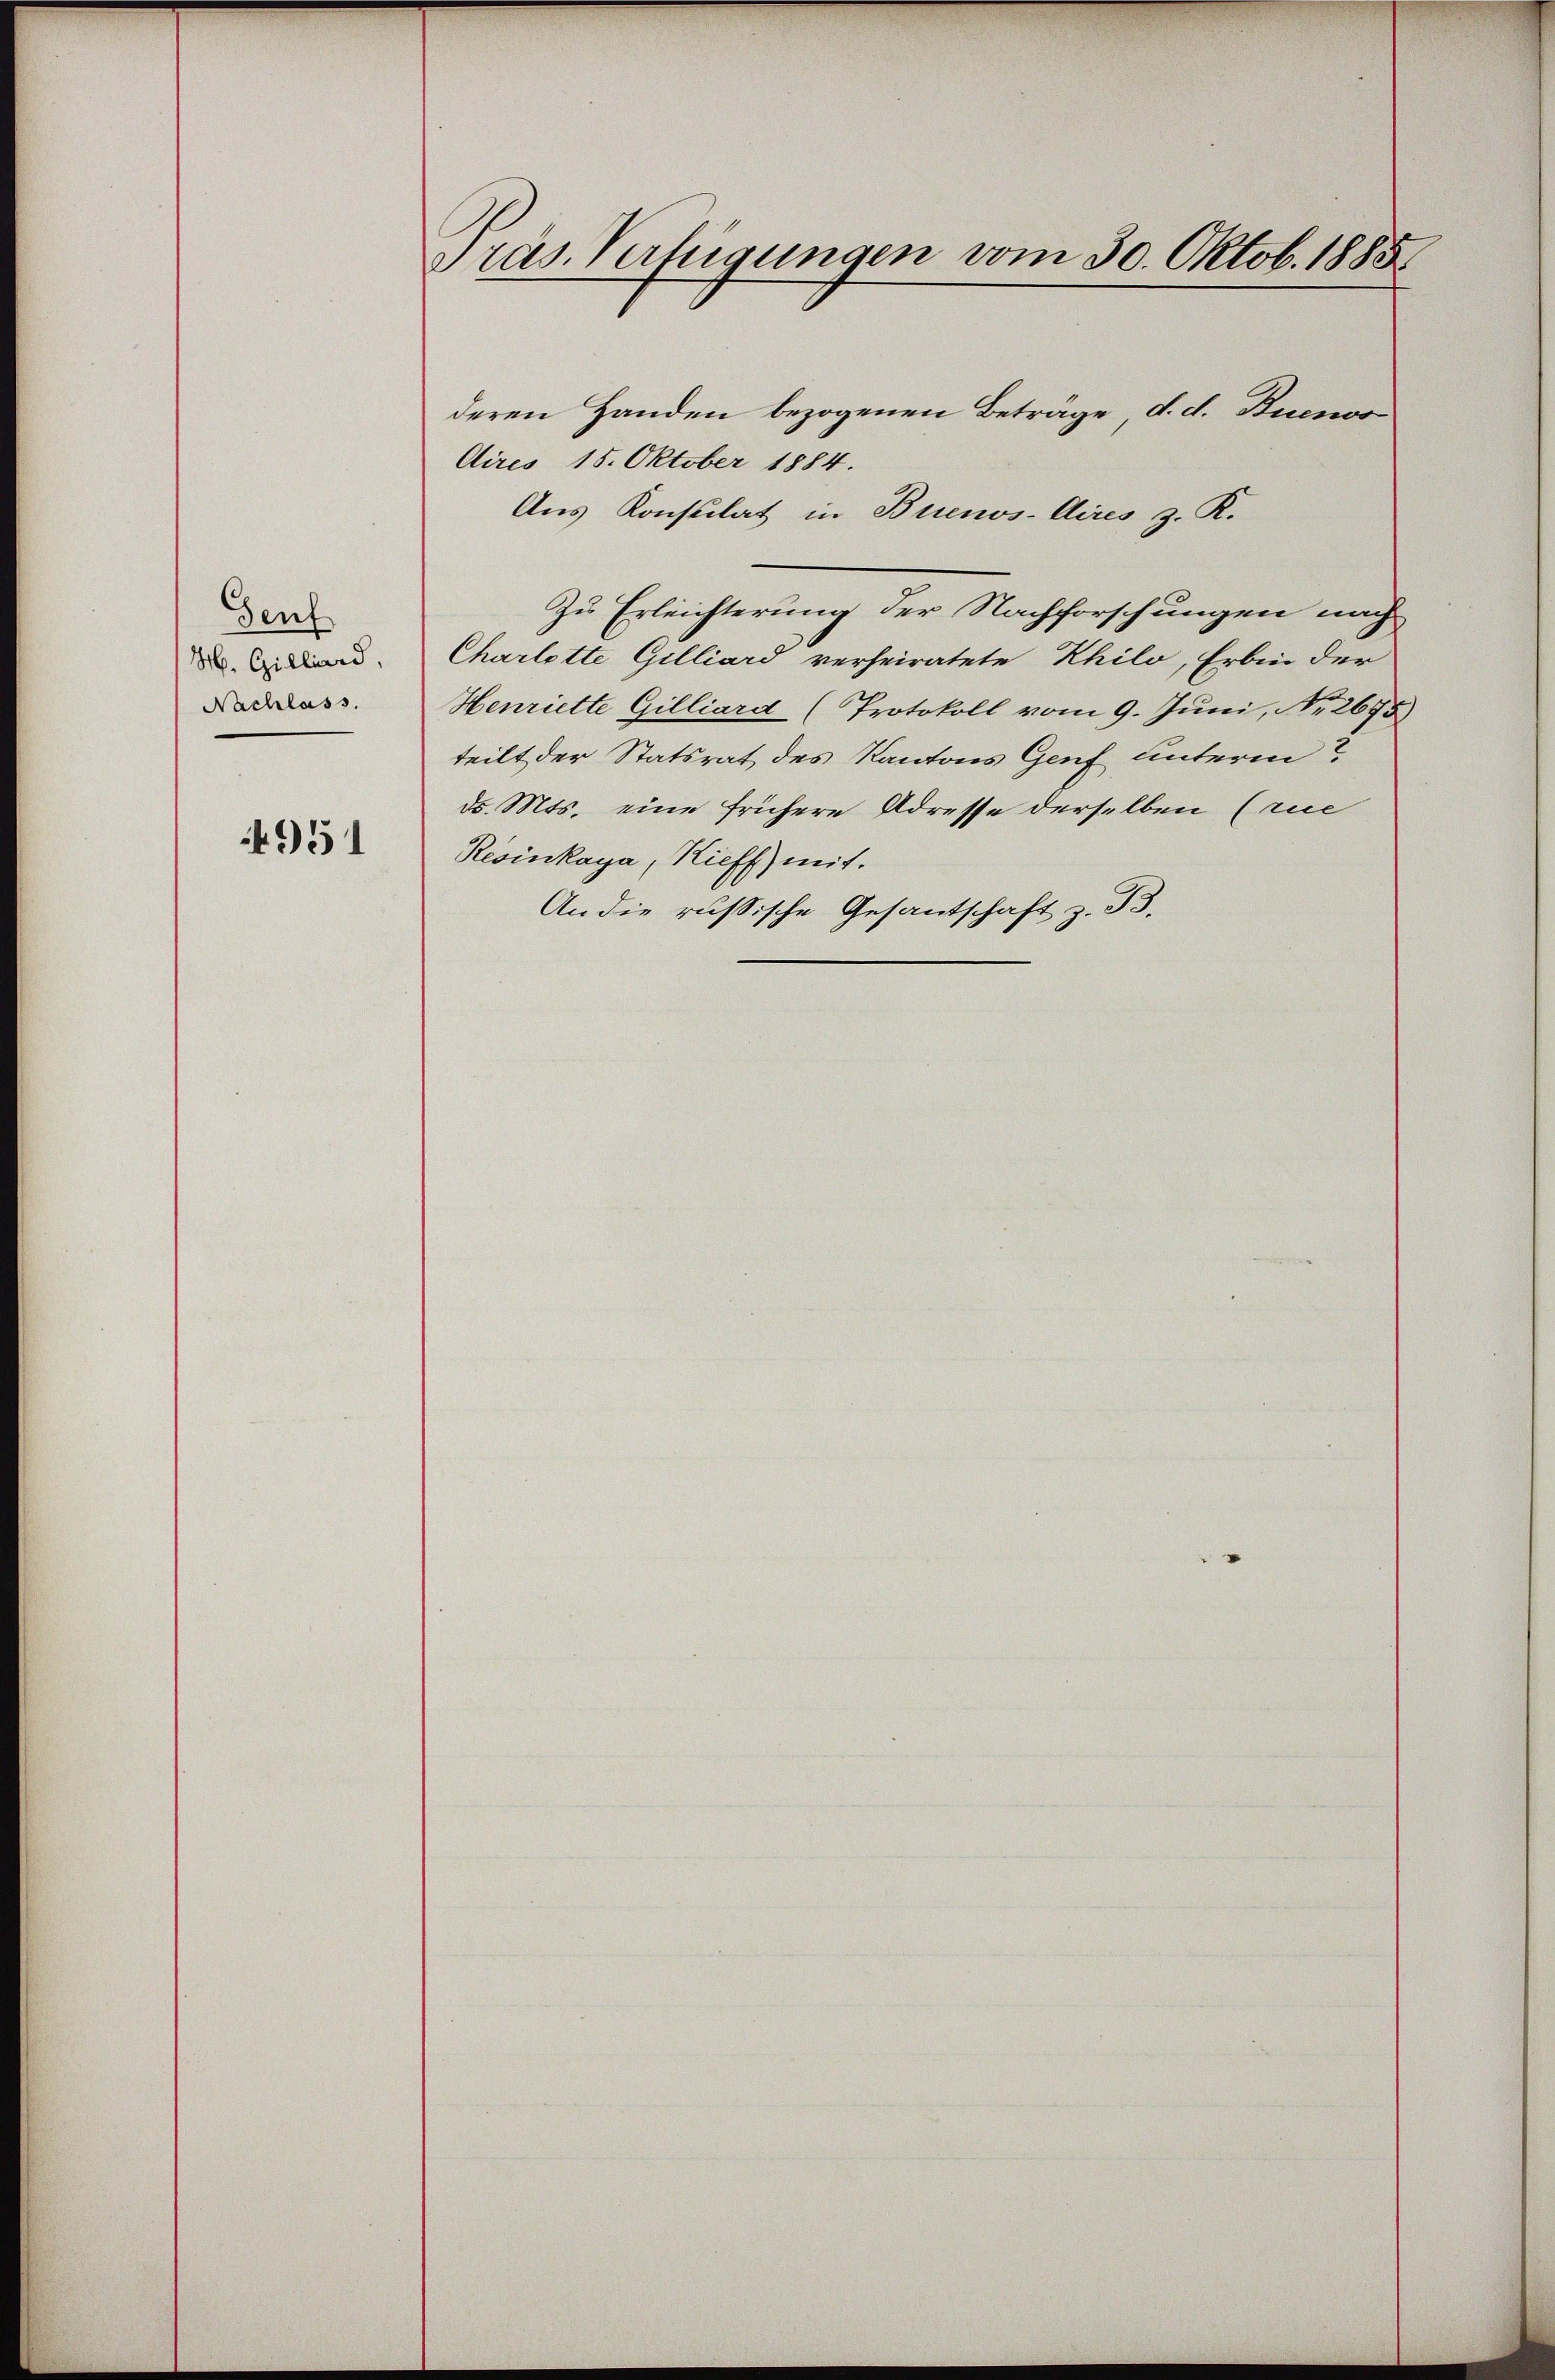
Genf
H. Gilliard,
Nachlass.

4951

Präs. Verfügungen vom 30. Oktob. 1885

deren Handen bezogenen Betrage, d. d. Buenos
Aires 15. Oktober 1884.
Aus Konsulat in Buenos-Aires z. K.
Zu Erleichterung der Nachforschungen nach
Charlotte Gilliard verheiratete Khilo, Erbin der
Henriette Gilliard (Protokoll vom 9. Juni, Nr. 2675)
teilt der Statsrat des Kantons Genf unterm
ds. Mts. eine frühere Adresse derselben (rue
Resinkaya, Kieff mit
An die russische Gesantschaft z. B.